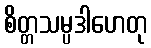
စိတ္တသမ္ပဒါဟေတု